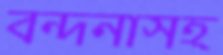
বন্দনাসহ